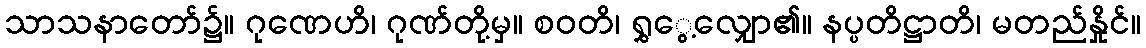
သာသနာတော်၌။ ဂုဏေဟိ၊ ဂုဏ်တို့မှ။ စဝတိ၊ ရွှွေ့လျှော၏။ နပ္ပတိဋ္ဌာတိ၊ မတည်နှိုင်။